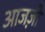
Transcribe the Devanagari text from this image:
आजज़ी